Lunatic asylums in Bengal annual reports 1888-1898 - 1888-1898
Year: 1888
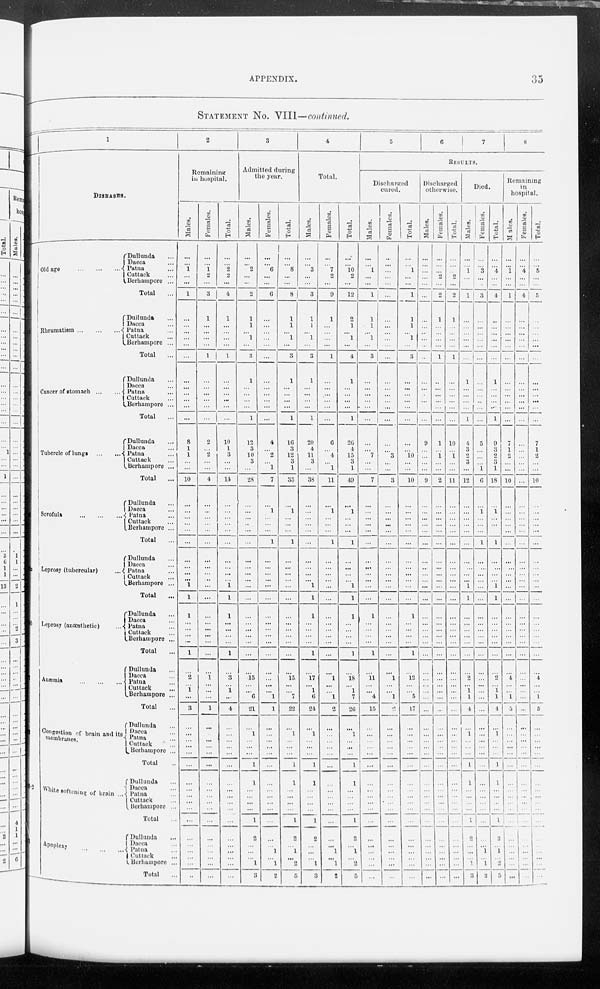
APPENDIX.
35
STATEMENT No. VIII— continued.
1
DISEASES.
Old age
...
...
...
Dullunda ...
Dacca ...
Patna ...
Cuttack ...
Berhampore ...
Total ...
Rheumatism ...
...
...
Dullunda ...
Dacca ...
Patna ...
Cuttack ...
Berhampore ...
Total
...
Cancer of stomach
...
...
Dullunda ...
Dacca ...
Patna ...
Cuttack ...
Berhampore ...
Total
...
Tubercle of lungs
...
...
Dullunda ...
Dacca ...
Patna
...
Cuttack ...
Berhampore ...
Total
...
Scrofula
...
...
...
Dullunda ...
Dacca ...
Patna ...
Cuttack ...
Berhampore ...
Total ...
Leprosy (tubercular)
...
Dullunda ...
Dacca ...
Patna ...
Cuttack ...
Berhampore ...
Total ...
Leprosy (anaesthetic)
...
Dullunda ...
Dacca ...
Patna ...
Cuttack ...
Berhampore ...
Total ...
Anæmia ...
...
...
Dullunda ...
Dacca ...
Patna ...
Cuttack ...
Berhampore ...
Total
...
Congestion of brain and its
membranes.
Dullunda ...
Dacca ...
Patna ...
Cuttack
..
Berhampore ...
Total ...
White softening of brain ...
Dullunda ...
Dacca ...
Patna ...
Cuttack ...
Berhampore ...
Total ...
Apoplexy ...
Dullunda
...
Dacca ...
Patna ...
Cuttack ...
Berhampore ...
Total ...
2
Remaining
in hospital.
Males.
...
...
1
...
...
1
...
...
...
...
...
...
...
...
...
...
...
8
1
1
...
...
10
...
...
...
...
...
...
...
...
...
...
1
1
1
...
...
...
...
1
...
2
...
1
...
3
...
...
...
...
...
...
...
...
...
...
...
...
...
...
...
...
...
...
Females.
...
...
1
2
...
3
1
...
...
...
...
1
...
...
...
...
...
...
2
...
2
...
...
4
...
...
...
...
...
...
...
...
...
...
...
...
...
...
...
...
...
...
...
1
...
...
...
1
...
...
...
...
...
...
...
...
...
...
...
...
...
...
...
...
...
...
Total.
...
...
2
2
...
4
1
...
...
...
...
1
...
...
...
...
...
...
10
1
3
...
...
14
...
...
...
...
...
...
...
...
...
...
1
1
1
...
...
...
...
1
...
3
...
1
...
4
...
...
...
...
...
...
...
...
...
...
...
...
...
...
...
...
...
...
3
Admitted during
the year.
Males.
...
...
2
...
...
2
1
1
...
1
...
3
1
...
...
...
...
1
12
3
10
3
...
28
...
...
...
...
...
...
...
...
...
...
...
...
...
...
...
...
...
...
...
15
...
...
6
21
...
1
...
...
...
1
1
...
...
...
...
1
2
...
...
...
1
3
Females.
...
...
6
...
...
6
...
...
...
...
...
...
...
...
...
...
...
...
4
...
2
...
1
7
...
1
...
...
...
1
...
...
...
...
...
...
...
...
...
...
...
...
...
...
...
...
1
1
...
...
...
...
...
...
...
...
...
...
...
...
...
...
1
...
1
2
Total.
...
...
8
...
...
8
1
1
...
1
...
3
1
...
...
...
...
1
16
3
12
3
1
35
...
1
...
...
...
1
...
...
...
...
...
...
...
...
...
...
...
...
...
15.
...
...
7
22
...
1
...
...
...
1
1
...
...
...
...
1
2
...
1
...
2
5
4
Total.
Males.
...
...
3
...
...
3
1
1
...
1
...
3
1
...
...
...
...
1
20
4
11
3
...
38
...
...
...
...
...
...
...
...
...
...
1
1
1
...
...
...
...
1
...
17
...
1
6
24
...
1
...
...
...
1
1
...
...
...
...
1
2
...
...
...
1
3
Females.
...
...
7
2
...
9
1
...
...
...
...
1
...
...
...
...
...
...
6
...
4
...
1
11
...
1
...
...
...
1
...
...
...
...
...
...
...
...
...
...
...
...
...
1
...
...
1
2
...
...
...
...
...
...
...
...
...
...
...
...
...
...
1
...
1
2
Total.
...
...
10
2
...
12
2
1
...
1
...
4
1
...
...
...
...
1
26
4
15
3
1
49
...
1
...
...
...
1
...
...
...
...
1
1
1
...
...
...
...
1
...
18
...
1
7
26
...
1
...
...
...
1
1
...
...
...
...
1
2
...
1
...
2
5
5
6
7
8
RESULTS.
Discharged
cured.
Males.
...
...
1
...
...
1
1
1
...
1
...
3
...
...
...
...
...
...
...
...
7
...
...
7
...
...
...
...
...
...
...
...
...
...
...
...
1
...
...
...
...
1
...
11
...
...
4
15
...
...
...
...
...
...
...
...
...
...
...
...
...
...
...
...
...
...
Females.
...
...
...
...
...
...
...
...
...
...
...
...
...
...
...
...
...
...
...
...
3
...
...
3
...
...
...
...
...
...
...
...
...
...
...
...
...
...
...
...
...
...
...
1
...
...
1
2
...
...
...
...
...
...
...
...
...
...
...
...
...
...
...
...
...
...
Total.
...
...
1
...
...
1
1
1
...
1
...
3
...
...
...
...
...
...
...
...
10
...
...
10
...
...
...
...
...
...
...
...
...
...
...
...
1
...
...
...
...
1
...
12
...
...
5
17
...
...
...
...
...
...
...
...
...
...
...
...
...
...
...
...
...
...
Discharged
otherwise.
Males.
...
...
...
...
...
...
...
...
...
...
...
...
...
...
...
...
...
...
9
...
...
...
...
9
...
...
...
...
...
...
...
...
...
...
...
...
...
...
...
...
...
...
...
...
...
...
...
...
...
...
...
...
...
...
...
...
...
...
...
...
...
...
...
...
...
...
Females.
...
...
...
2
...
2
1
...
...
...
...
1
...
...
...
...
...
...
1
...
1
...
...
2
...
...
...
...
...
...
...
...
...
...
...
...
...
...
...
...
...
...
...
...
...
...
...
...
...
...
...
...
...
...
...
...
...
...
...
...
...
...
...
...
...
...
Total.
...
...
...
2
...
2
1
...
...
...
...
1
...
...
...
...
...
...
10
...
1
...
...
11
...
...
...
...
...
...
...
...
...
...
...
...
...
...
...
...
...
...
...
...
...
...
...
...
...
...
...
...
...
...
...
...
...
...
...
...
...
...
...
...
...
...
Died.
Males.
...
...
1
...
...
1
...
...
...
...
...
...
1
...
...
...
...
1
4
3
2
3
...
12
...
...
...
...
...
...
...
...
...
...
1
1
...
...
...
...
...
...
2
...
1
1
4
...
1
...
...
...
1
1
...
...
...
...
1
2
...
...
...
1
3
Females.
...
...
3
...
...
3
...
...
...
...
...
...
...
...
...
...
...
...
5
...
...
...
1
6
...
1
...
...
...
1
...
...
...
...
...
...
...
...
...
...
...
...
...
...
...
...
...
...
...
...
...
...
...
...
...
...
...
...
...
...
...
...
1
...
1
2
Total.
...
...
4
...
...
4
...
...
...
...
...
...
1
...
...
...
...
1
9
3
2 3
1
18
...
1
...
...
...
1
...
...
...
...
1
1
...
...
...
...
...
...
...
2
...
1
1
4
...
1
...
...
...
1
1
...
...
...
...
1
2
...
1
...
3
5
Remaining
in
hospital.
M ales.
...
...
1
...
...
1
...
...
...
...
...
...
...
...
...
...
...
...
7
1
2
...
...
10
...
...
...
...
...
...
...
...
...
...
...
...
...
...
...
...
...
...
...
4
...
...
1
5
...
...
...
...
...
...
...
...
...
...
...
...
...
...
...
...
...
...
Females.
...
...
4
...
...
4
...
...
...
...
...
...
...
...
...
...
...
...
...
...
...
...
...
...
...
...
...
...
...
...
...
...
...
...
...
...
...
...
...
...
...
...
...
...
...
...
...
...
...
...
...
...
...
...
...
...
...
...
...
...
...
...
...
...
...
...
Total.
...
...
5
...
...
5
...
...
...
...
...
...
...
...
...
...
...
...
7
1
2
...
...
10
...
...
...
...
...
...
...
...
...
...
...
...
...
...
...
...
...
...
...
4
...
...
1
5
...
...
...
...
...
...
...
...
...
...
...
...
...
...
...
...
...
...